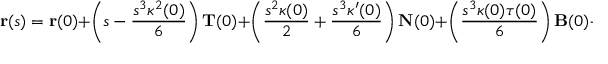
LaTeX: \mathbf { r } ( s ) = \mathbf { r } ( 0 ) + \left( s - { \frac { s ^ { 3 } \kappa ^ { 2 } ( 0 ) } { 6 } } \right) \mathbf { T } ( 0 ) + \left( { \frac { s ^ { 2 } \kappa ( 0 ) } { 2 } } + { \frac { s ^ { 3 } \kappa ^ { \prime } ( 0 ) } { 6 } } \right) \mathbf { N } ( 0 ) + \left( { \frac { s ^ { 3 } \kappa ( 0 ) \tau ( 0 ) } { 6 } } \right) \mathbf { B } ( 0 ) + o ( s ^ { 3 } ) .